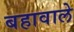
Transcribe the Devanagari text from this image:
बहावाले